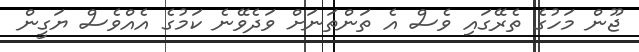
ޖޫން މަހުގެ ތެރޭގައި ވެސް އެ ތަންތަނަށް ވަދެވޭނެ ކަމުގެ އެއްވެސް ޔަގީން